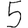
Digit: 5